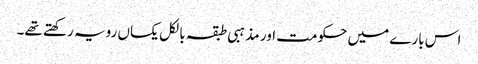
اس بارے میں حکومت اور مذہبی طبقہ بالکل یکساں رویہ رکھتے تھے۔